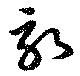
畆